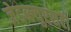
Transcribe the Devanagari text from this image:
जेडब्ल्युएसटी